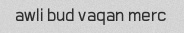
awli bud vaqan merc